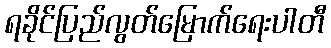
ရခိုင်ပြည်လွတ်မြောက်ရေးပါတီ